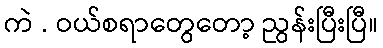
ကဲ . ဝယ်စရာတွေတော့ ညွန်းပြီးပြီ။